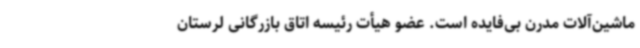
ماشین‌آلات مدرن بی‌فایده است. عضو هیأت رئیسه اتاق بازرگانی لرستان